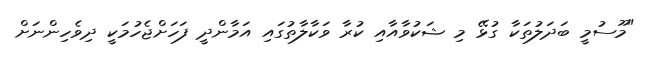
"މޫސުމީ ބަދަލުތަކާ ގުޅޭ މި ޝަކުވާއާއި ކުރާ ވަކާލާތުގައި އަމާންދީ ފަހަށްޖެހުމަކީ ދިވެހިންނަށް